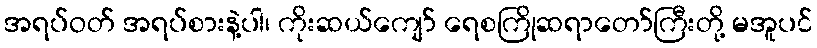
အရပ်ဝတ် အရပ်စားနဲ့ပါ၊ ကိုးဆယ်ကျော် ရေစကြိုဆရာတော်ကြီးတို့ မအူပင်